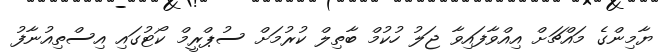
ޔާމިންގެ މައްޗަށް އިއްވާފައިވާ ޖަލު ހުކުމް ބާތިލް ކުރުމަށް ސުޕްރީމް ކޯޓުގައި އިސްތިއުނާފު